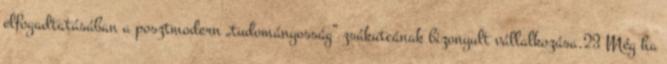
elfogadtatásában a posztmodern „tudományosság” zsákutcának bizonyult vállalkozása.23 Még ha